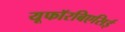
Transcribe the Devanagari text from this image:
यूफॉरबिएसिई